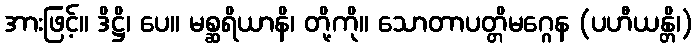
အားဖြင့်။ ဒိဋ္ဌိ၊ ပေ။ မစ္ဆရိယာနိ၊ တို့ကို။ သောတာပတ္တိမဂ္ဂေန (ပဟီယန္တိ၊)